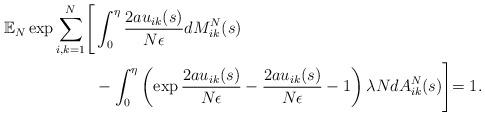
LaTeX: \begin{align*}\mathbb{E}_{N}\exp\sum_{i,k=1}^{N}\Biggl[ & \int_{0}^{\eta}\frac{2au_{ik}(s)}{N\epsilon}dM_{ik}^{N}(s)\\ & -\int_{0}^{\eta}\left(\exp\frac{2au_{ik}(s)}{N\epsilon}-\frac{2au_{ik}(s)}{N\epsilon}-1\right)\lambda NdA_{ik}^{N}(s)\Biggl]=1.\end{align*}